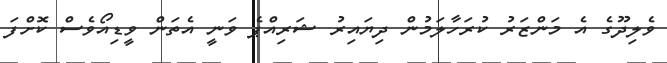
ވެލިދޫގެ އެ މަންޒަރު ކުރަހާލަމުން ދިޔައިރު ޝަރިއްޕެ ވަނީ އެތަން ވީޑިއޯވެސް ކޮށްފަ